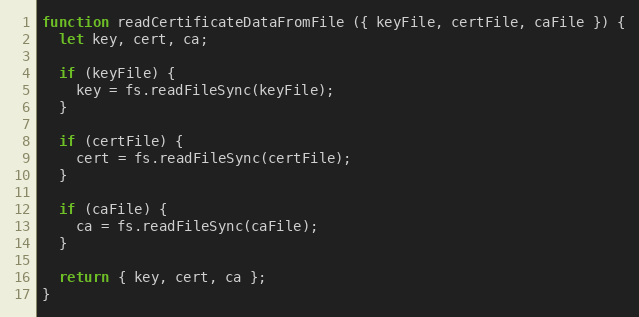
Language: JavaScript
function readCertificateDataFromFile ({ keyFile, certFile, caFile }) {
  let key, cert, ca;

  if (keyFile) {
    key = fs.readFileSync(keyFile);
  }

  if (certFile) {
    cert = fs.readFileSync(certFile);
  }

  if (caFile) {
    ca = fs.readFileSync(caFile);
  }

  return { key, cert, ca };
}